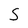
Character: S